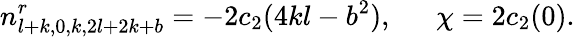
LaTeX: n_{l+k,0,k,2l+2k+b}^{r}=-2c_{2}(4kl-b^{2}),\ \ \ \ \ \ \chi=2c_{2}(0).